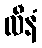
လီနံ